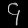
Digit: ၄